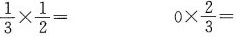
$$\frac { 1 } { 3 } \times \frac { 1 } { 2 } =$$ $$0